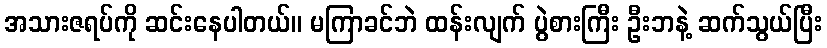
အသားဇရပ်ကို ဆင်းနေပါတယ်။ မကြာခင်ဘဲ ထန်းလျက် ပွဲစားကြီး ဦးဘနဲ့ ဆက်သွယ်ပြီး